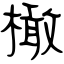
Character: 橄